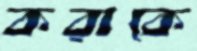
করাকে